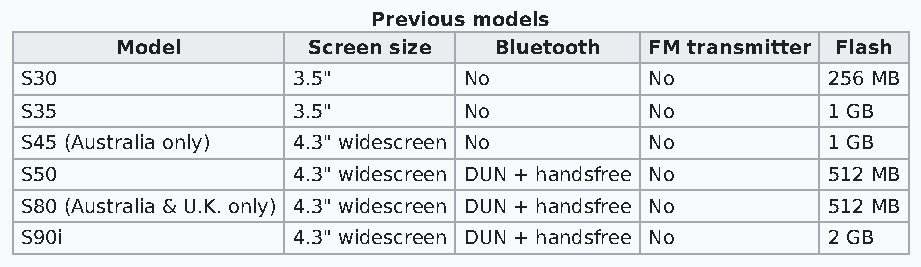
Previous models
 Model       Screen size  Bluetooth FM transmitter Flash
 S30               3.5"        No          No          256 MB
 S35               3.5"        No          No          1 GB
 S45 (Australia only) 4.3" widescreen No   No          1 GB
 S50               4.3" widescreen DUN + handsfree No  512 MB
 S80 (Australia & U.K. only) 4.3" widescreen DUN + handsfree No 512 MB
 S90i              4.3" widescreen DUN + handsfree No  2 GB